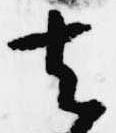
去